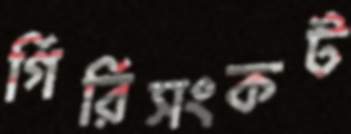
গিরিসংকট